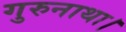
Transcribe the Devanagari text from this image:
गुरुनाथा।